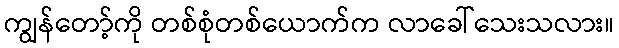
ကျွန်တော့်ကို တစ်စုံတစ်ယောက်က လာခေါ်သေးသလား။